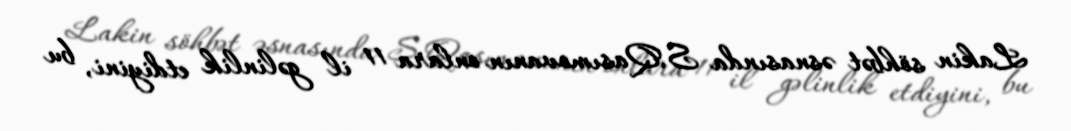
Lakin söhbət əsnasında S.Qasımovanın onlara 11 il gəlinlik etdiyini, bu